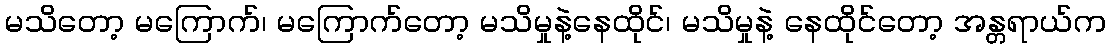
မသိတော့ မကြောက်၊ မကြောက်တော့ မသိမှုနဲ့နေထိုင်၊ မသိမှုနဲ့ နေထိုင်တော့ အန္တရာယ်က